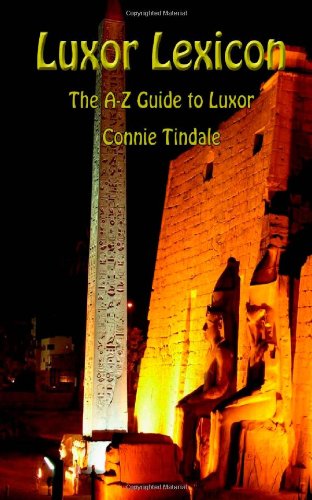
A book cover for Luxor Lexicon: The A-Z Guide to Luxor; Connie Tindale; Travel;